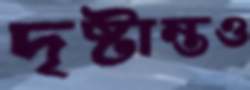
দৃষ্টান্তও